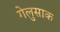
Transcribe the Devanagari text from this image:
गेलुसाक